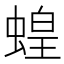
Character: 蝗